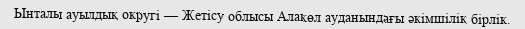
Ынталы ауылдық округі — Жетісу облысы Алакөл ауданындағы әкімшілік бірлік.